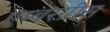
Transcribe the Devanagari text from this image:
एम्बरग्रीस